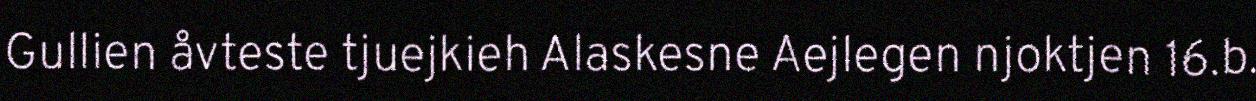
Gullien åvteste tjuejkieh Alaskesne Aejlegen njoktjen 16.b.